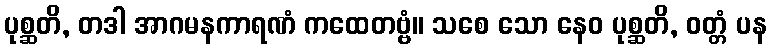
ပုစ္ဆတိ, တဒါ အာဂမနကာရဏံ ကထေတဗ္ဗံ။ သစေ သော နေဝ ပုစ္ဆတိ, ဝတ္တံ ပန